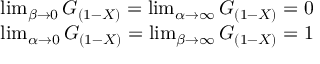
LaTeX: \begin{array} { r } { \operatorname* { l i m } _ { \beta \to 0 } G _ { ( 1 - X ) } = \operatorname* { l i m } _ { \alpha \to \infty } G _ { ( 1 - X ) } = 0 } \\ { \operatorname* { l i m } _ { \alpha \to 0 } G _ { ( 1 - X ) } = \operatorname* { l i m } _ { \beta \to \infty } G _ { ( 1 - X ) } = 1 } \end{array}